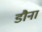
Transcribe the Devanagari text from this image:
डौना